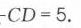
$-CD = 5.$